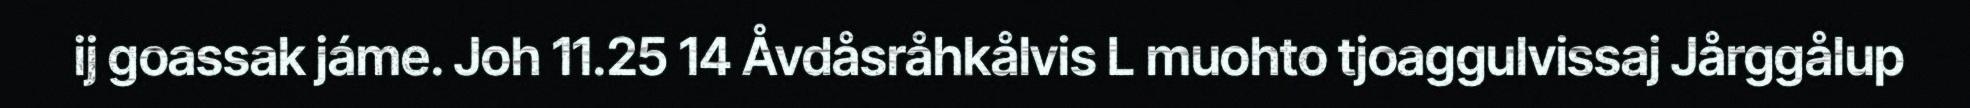
ij goassak jáme. Joh 11.25 14 Åvdåsråhkålvis L muohto tjoaggulvissaj Jårggålup